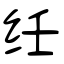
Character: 纴